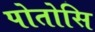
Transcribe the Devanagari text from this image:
पोतोसि